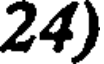
24)